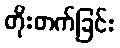
တိုးတက်ခြင်း